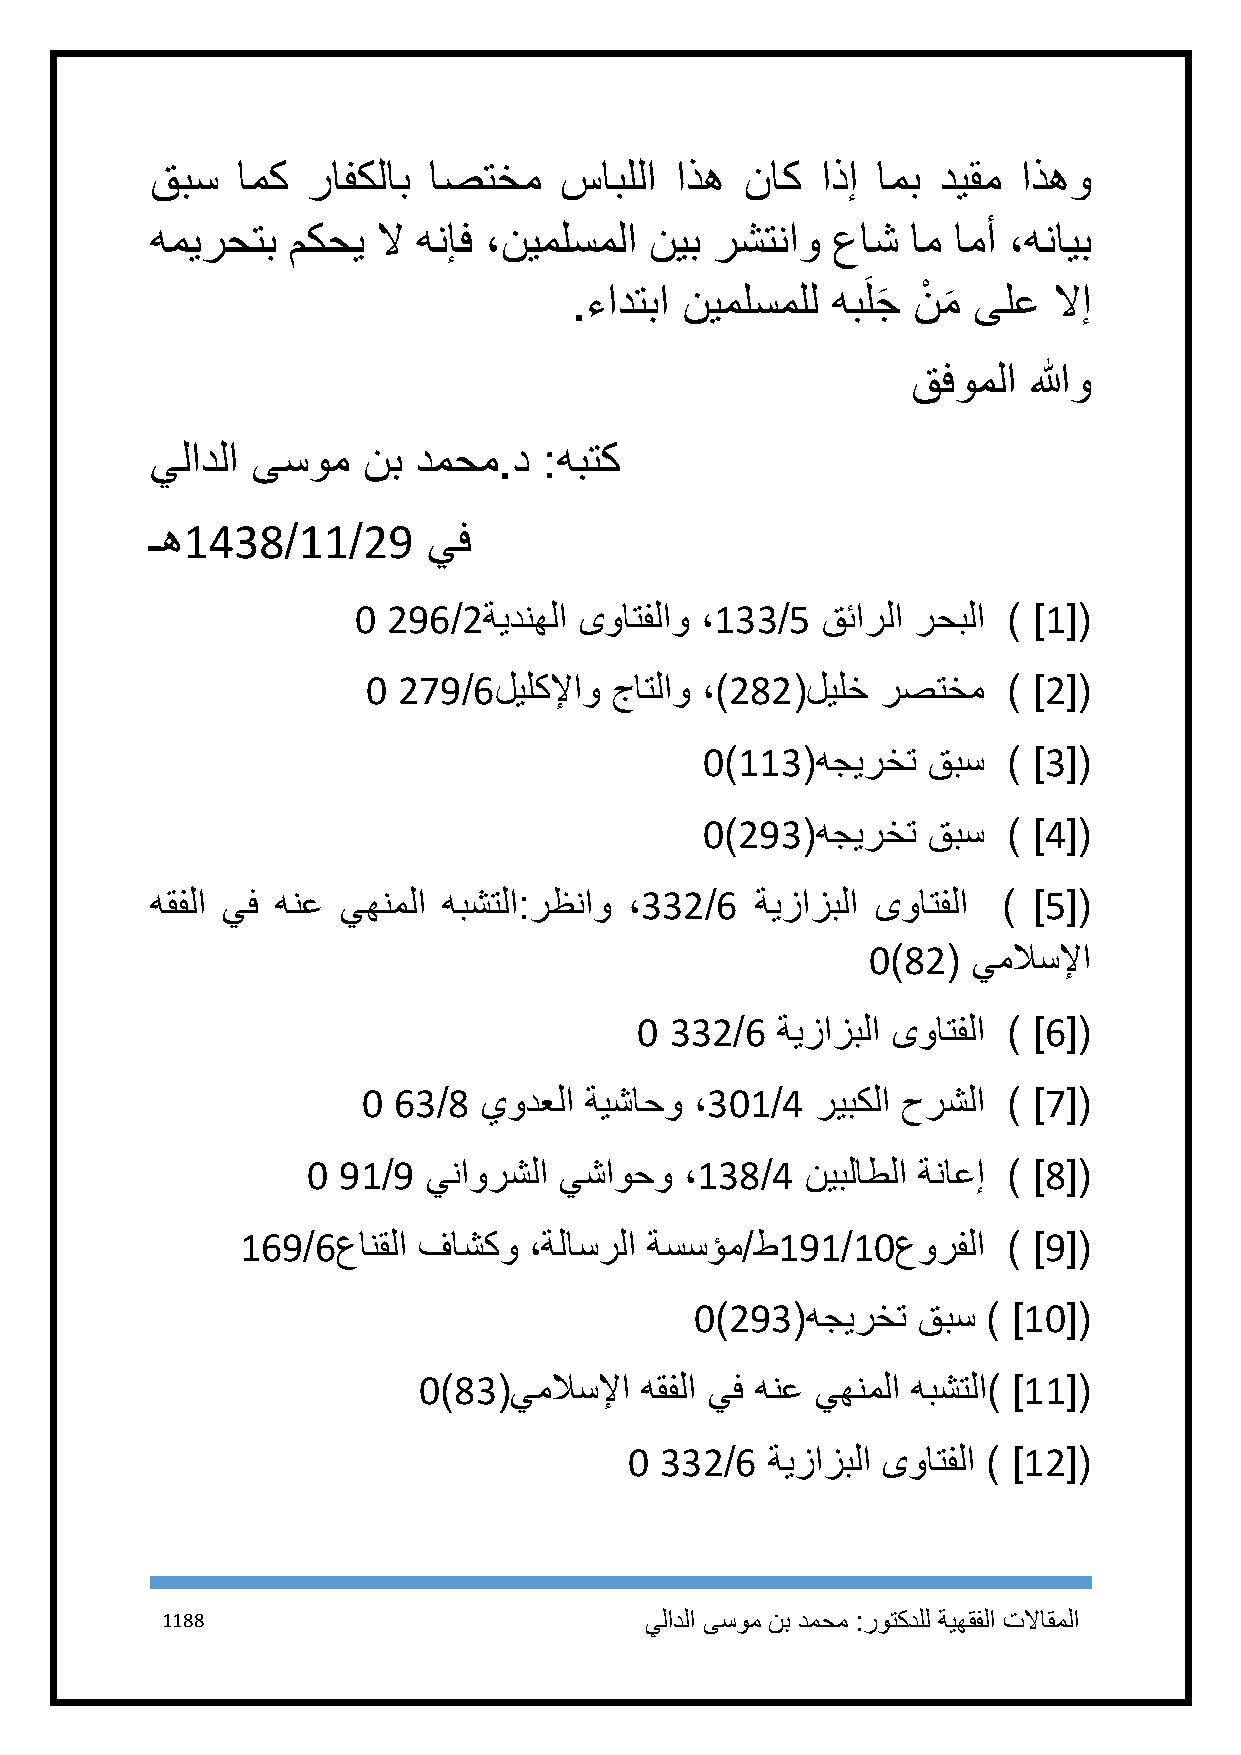
قبس   امك رافكلاب اصتخم    سابللا  اذه ناك  اذإ امب ديقم  اذهو
 هميرحتب  مكحي  لا هنإف ،نيملسملا نيب رشتناو  عاش  ام امأ ،هنايب
 .ءادتبا نيملسملل هبَلجَ نْ م
 َ
 ىلع   لاإ
 قفوملا  اللهو
 يلادلا ىسوم   نب دمحم.د   :هبتك
 ـه1438/11/29      يف
 1  296/2ةيدنهلا ىواتفلاو ،133/5 قئارلا رحبلا ) ]1[(
 1 279/6ليلكلإاو جاتلاو ،)282(ليلخ رصتخم    ) ]2[(
 1)113(هجيرخت  قبس   ) ]3[(
 1)293(هجيرخت  قبس   ) ]4[(
 هقفلا يف هنع يهنملا هبشتلا:رظناو ،332/6 ةيزازبلا ىواتفلا ) ]5[(
 1)82( يملاسلإا
 1 332/6  ةيزازبلا ىواتفلا ) ]6[(
 1 63/8  يودعلا ةيشاحو ،311/4  ريبكلا حرشلا ) ]7[(
 1 91/9  يناورشلا يشاوحو  ،138/4  نيبلاطلا ةناعإ ) ]8[(
 169/6عانقلا فاشكو  ،ةلاسرلا ةسسؤم/ط191/11عورفلا    ) ]9[(
 1)293(هجيرخت   قبس ) ]11[(
 1)83(يملاسلإا هقفلا يف هنع يهنملا هبشتلا) ]11[(
 1 332/6  ةيزازبلا ىواتفلا ) ]12[(
 1188                            يلادلا ىسوم نب دمحم :روتكدلل ةيهقفلا تلااقملا